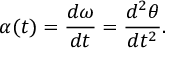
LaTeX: \alpha ( t ) = { \frac { d \omega } { d t } } = { \frac { d ^ { 2 } \theta } { d t ^ { 2 } } } .